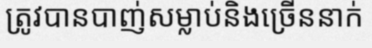
ត្រូវបានបាញ់សម្លាប់និងច្រើននាក់